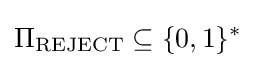
\Pi _{\text{REJECT}}\subseteq \{0,1\}^{*}